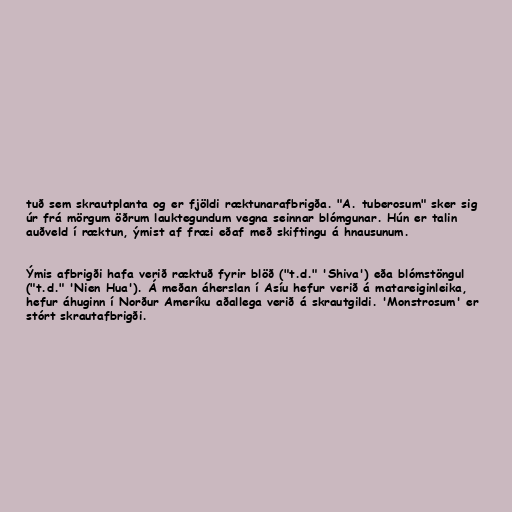
tuð sem skrautplanta og er fjöldi ræktunarafbrigða. "A. tuberosum" sker sig
úr frá mörgum öðrum lauktegundum vegna seinnar blómgunar. Hún er talin
auðveld í ræktun, ýmist af fræi eðaf með skiftingu á hnausunum.

Ýmis afbrigði hafa verið ræktuð fyrir blöð ("t.d." 'Shiva') eða blómstöngul
("t.d." 'Nien Hua'). Á meðan áherslan í Asíu hefur verið á matareiginleika,
hefur áhuginn í Norður Ameríku aðallega verið á skrautgildi. 'Monstrosum' er
stórt skrautafbrigði.